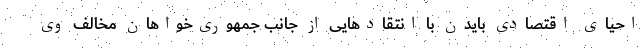
احیای اقتصادی بایدن با انتقاد‌هایی از جانب جمهوری‌خواهان مخالف وی